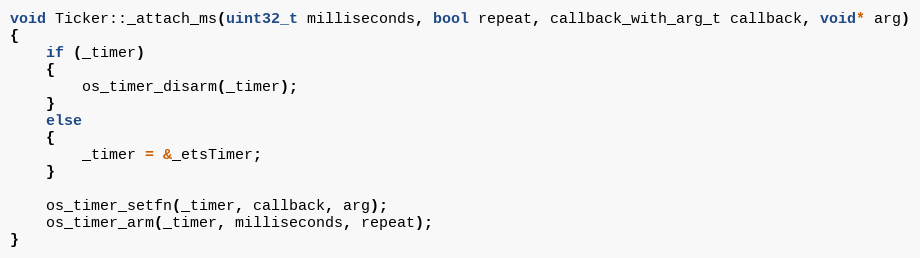
Language: C++
void Ticker::_attach_ms(uint32_t milliseconds, bool repeat, callback_with_arg_t callback, void* arg)
{
    if (_timer)
    {
        os_timer_disarm(_timer);
    }
    else
    {
        _timer = &_etsTimer;
    }

    os_timer_setfn(_timer, callback, arg);
    os_timer_arm(_timer, milliseconds, repeat);
}